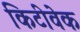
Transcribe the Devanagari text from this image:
किटीवेक